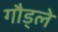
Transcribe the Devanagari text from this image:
गौड्ले